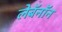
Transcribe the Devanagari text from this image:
लेबॅनॉन